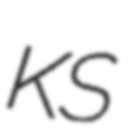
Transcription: KS